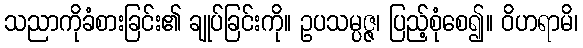
သညာကိုခံစားခြင်း၏ ချုပ်ခြင်းကို။ ဥပသမ္ပဇ္ဇ၊ ပြည့်စုံစေ၍။ ဝိဟရာမိ၊